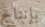
بإنتاج